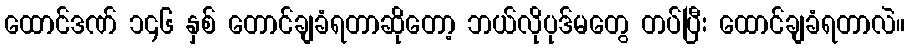
ထောင်ဒဏ် ၁၄၆ နှစ် တောင်ချခံရတာဆိုတော့ ဘယ်လိုပုဒ်မတွေ တပ်ပြီး ထောင်ချခံရတာလဲ။